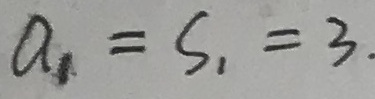
a _ { 1 } = S _ { 1 } = 3 .